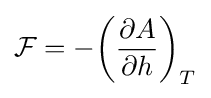
{\mathcal {F}}=-{\bigg (}{\frac {\partial A}{\partial h}}{\bigg )}_{T}